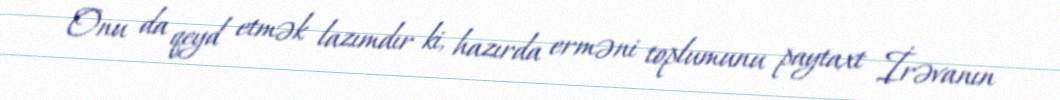
Onu da qeyd etmək lazımdır ki, hazırda erməni toplumunu paytaxt İrəvanın